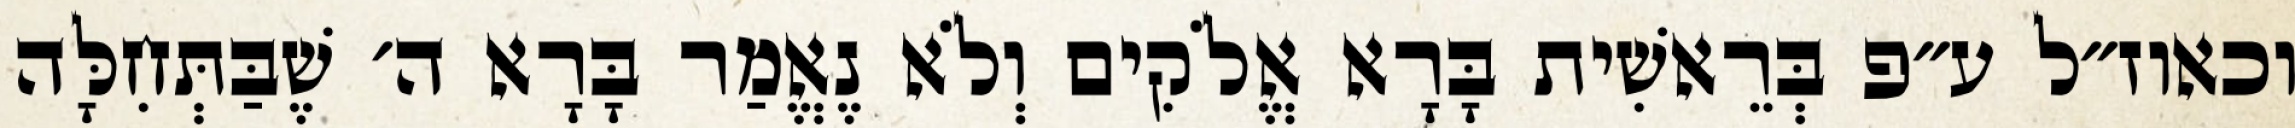
וכאוז״ל ע״פ בְּרֵאשִׁית בָּרָא אֱלֹקִים וְלֹא נֶאֱמַר בָּרָא ה׳ שֶׁבַּתְּחִלָּה